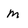
Character: m